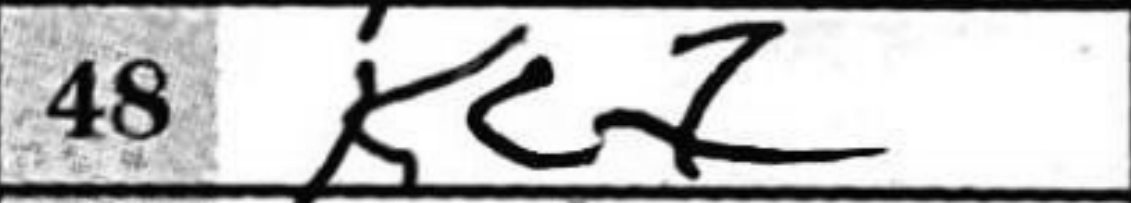
Transcription: Kc7